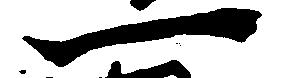
一